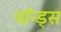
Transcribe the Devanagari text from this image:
पॉन्ड्स